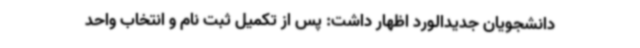
دانشجویان جدیدالورد اظهار داشت: پس از تکمیل ثبت نام و انتخاب واحد